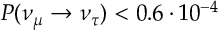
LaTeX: P ( \nu _ { \mu } \rightarrow \nu _ { \tau } ) < 0 . 6 \cdot 1 0 ^ { - 4 }